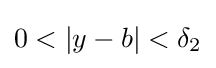
0<\left|y-b\right|<\delta _{2}